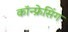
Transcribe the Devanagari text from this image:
कॉन्फ्रेसिंग